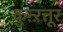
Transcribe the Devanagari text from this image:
कुऩ्ऱत्तूर